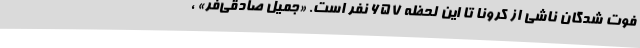
فوت شدگان ناشی از کرونا تا این لحظه 657 نفر است. «جمیل صادقی‌فر» ،